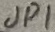
Text: JP1